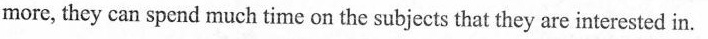
more, they can spend much time on the subjects that they are interested in.